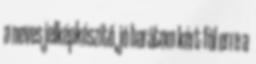
a neves jelképkészítő, jó barátom kért föl erre a